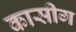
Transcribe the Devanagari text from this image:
कासीग